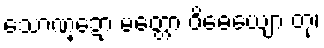
သောဏ္ဍော မတ္တော ဝိဓေယျော တု၊